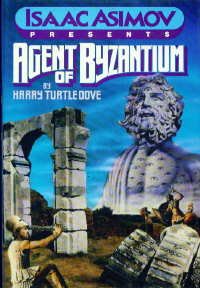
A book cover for Agent of Byzantium (Isaac Asimov Presents Series); Harry Turtledove; Science Fiction & Fantasy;